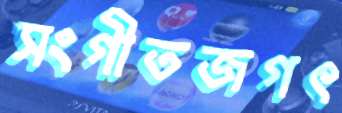
সংগীতজগৎ